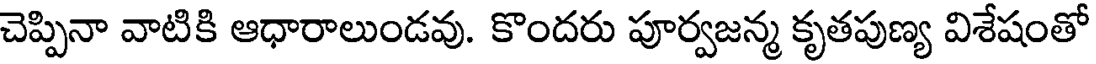
చెప్పినా వాటికి ఆధారాలుండవు. కొందరు పూర్వజన్మ కృతపుణ్య విశేషంతో